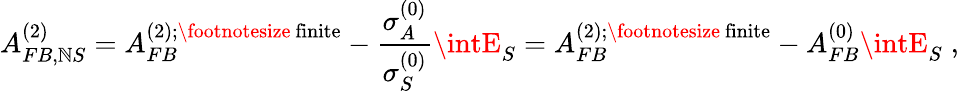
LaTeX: A_{FB,\mathbb{N}S}^{(2)}=A_{FB}^{(2);\mathrm{{\footnotesize~finite}}}-\frac{{\sigma_{A}^{(0)}}}{{\sigma_{S}^{(0)}}}\intE_{S}=A_{FB}^{(2);\mathrm{{\footnotesize~finite}}}-A_{FB}^{(0)}\intE_{S}\; ,